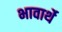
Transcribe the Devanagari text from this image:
भावार्थे